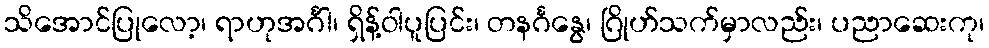
သိအောင်ပြုလော့၊ ရာဟုအင်္ဂါ၊ ရှိန့်ဝါပူပြင်း၊ တနင်္ဂနွေ၊ ဂြိုဟ်သက်မှာလည်း၊ ပညာဆေးကု၊